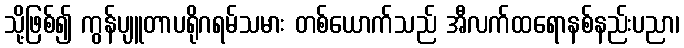
သို့ဖြစ်၍ ကွန်ပျူတာပရိုဂရမ်သမား တစ်ယောက်သည် အီလက်ထရောနစ်နည်းပညာ၊